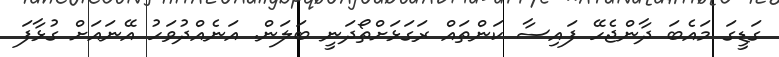
ގަޑީގަ މައެބަ ދާންޖެހޭ ފައިސާ ކަންތައް ރަގަޅަށްތޯދަނީ ބަލަން. އަނެއްދުވަހު އޭނައަށް ގުޅާފަ